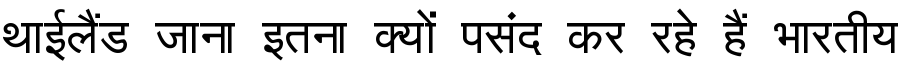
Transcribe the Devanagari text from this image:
थाईलैंड जाना इतना क्यों पसंद कर रहे हैं भारतीय